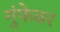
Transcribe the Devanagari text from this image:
गुंफेवर